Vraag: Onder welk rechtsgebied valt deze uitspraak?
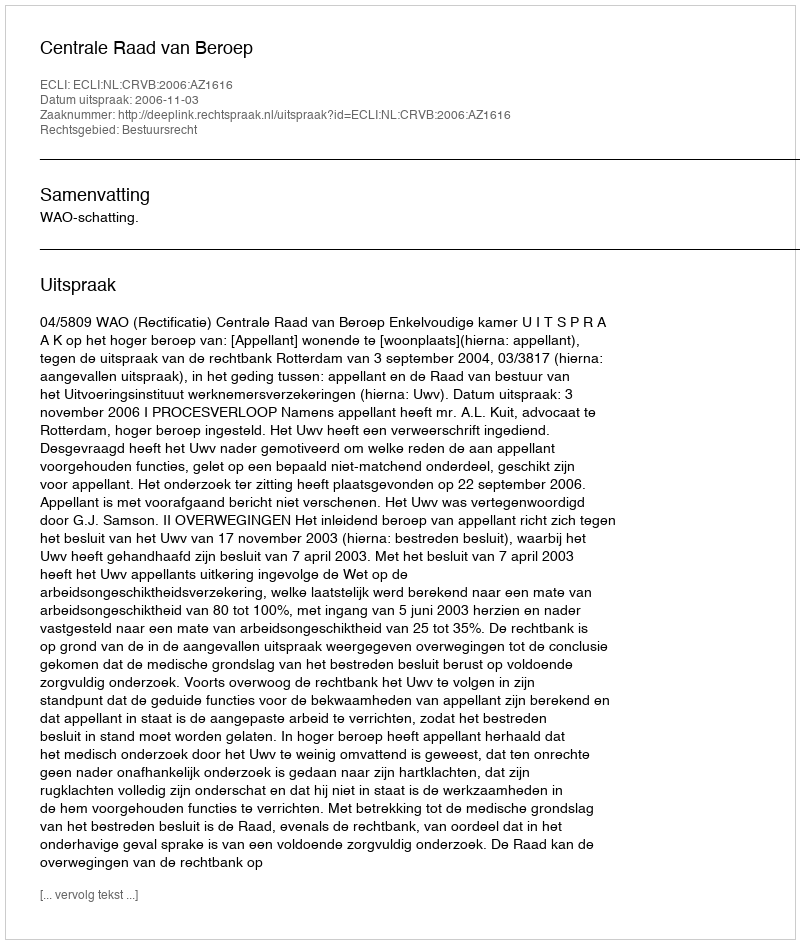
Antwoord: Bestuursrecht